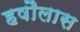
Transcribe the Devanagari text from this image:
हषौलास